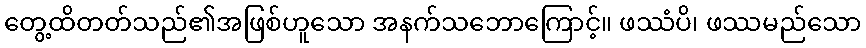
တွေ့ထိတတ်သည်၏အဖြစ်ဟူသော အနက်သဘောကြောင့်။ ဖဿံပိ၊ ဖဿမည်သော